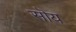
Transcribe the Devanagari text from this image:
सॊय